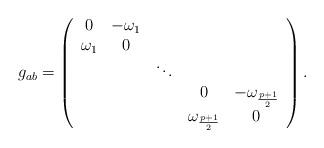
LaTeX: \begin{align*} g_{ab}=\left( \begin{array}{ccccc} 0 & -\omega_1 & & & \\ \omega_1 &0& & & \\ & &\ddots & & \\ &&&0 & -\omega_{\frac{p+1}{2}} \\ &&&\omega_{\frac{p+1}{2}} &0 \\ \end{array} \right).\end{align*}